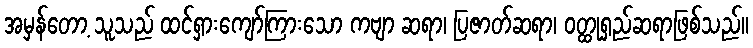
အမှန်တော့ သူသည် ထင်ရှားကျော်ကြားသော ကဗျာ ဆရာ၊ ပြဇာတ်ဆရာ၊ ဝတ္ထုရှည်ဆရာဖြစ်သည်။